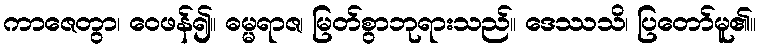
ကာဇေတွာ၊ ဝေဖန်၍။ ဓမ္မရာဇ၊ မြတ်စွာဘုရားသည်။ ဒေဿသိ၊ ပြတော်မူ၏။